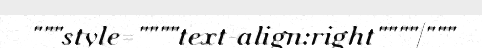
"""style=""""text-align:right""""|"""